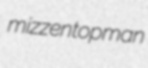
mizzentopman